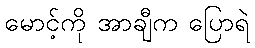
မောင့်ကို အာချီက ပြောရဲ